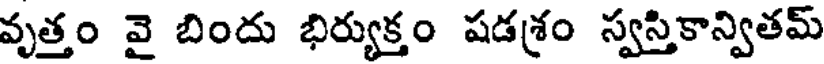
వృత్తం వై బిందు భిర్యుక్తం షడశ్రం స్వస్తికాన్వితమ్